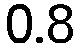
0.8